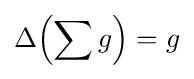
\Delta \!\left(\sum g\right)=g